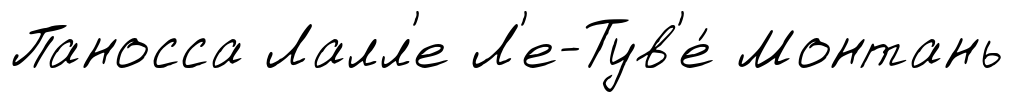
Паносса Лалл'е Л'е-Тув'е́ Монтань